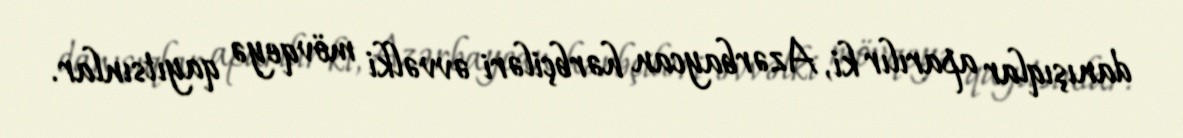
danışıqlar aparılır ki, Azərbaycan hərbçiləri əvvəlki mövqeyə qayıtsınlar.